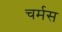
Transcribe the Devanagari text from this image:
चर्मस